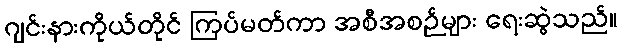
ဂျင်းနားကိုယ်တိုင် ကြပ်မတ်ကာ အစီအစဉ်များ ရေးဆွဲသည်။